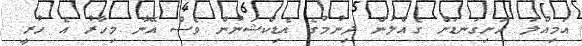
އަމިއްލަ ހަށިގަނޑަށް ގެއްލުން ދިނުމުގެ އެޑިކްޝަނުން ވެސް އޭނާ މިހާރު އެ ހުރީ